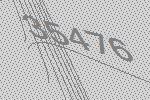
35476